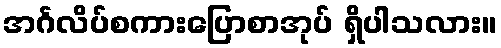
အင်္ဂလိပ်စကားပြောစာအုပ် ရှိပါသလား။